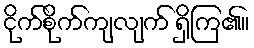
ငိုက်စိုက်ကျလျက် ရှိကြ၏။